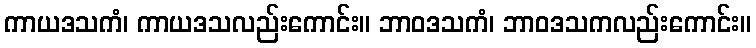
ကာယဒသကံ၊ ကာယဒသလည်းကောင်း။ ဘာဝဒသကံ၊ ဘာဝဒသကလည်းကောင်း။